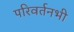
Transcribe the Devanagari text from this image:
परिवर्तनभी